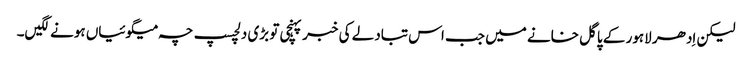
لیکن اِدھر لاہور کے پاگل خانے میں جب اس تبادلے کی خبر پہنچی تو بڑی دلچسپ چہ میگوئیاں ہونے لگیں۔